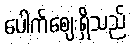
ပေါက်ဈေးရှိသည်